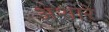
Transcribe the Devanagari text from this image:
अशारे